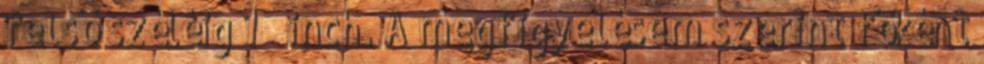
felső széléig 1 ¼ inch. A megfigyelésem szerint főként